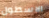
الاسطول